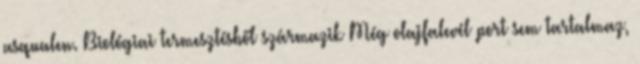
asqualen. Biológiai termesztésből származik Még olajfalevél port sem tartalmaz,